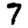
Digit: 7